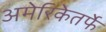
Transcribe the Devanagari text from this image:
अमेरिकेतर्फे